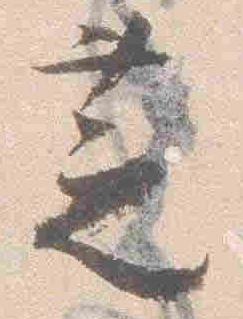
芝